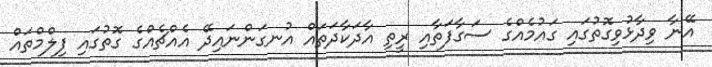
އޭނާ ވިދާޅުވިގޮތުގައި ގައުމެއްގެ ސަގާފަތާއި ރީތި އާދަކާދަތައް އުނގަންނައިދޭ އެއްޗެއްގެ ގޮތުގައި ފިލްމްތައް